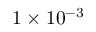
1 \times 1 0 ^ { - 3 }